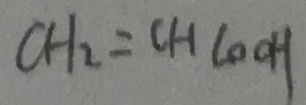
C H _ { 2 } = C H L O O H